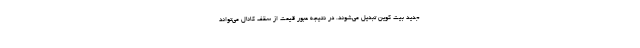
جدید بیت کوین تبدیل می‌شوند. در نتیجه عبور قیمت از سقف کانال می‌تواند